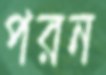
পরন